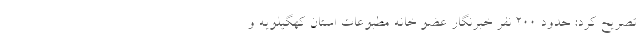
تصریح کرد: حدود ٢٠٠ نفر خبرنگار عضو خانه مطبوعات استان کهگیلویه و